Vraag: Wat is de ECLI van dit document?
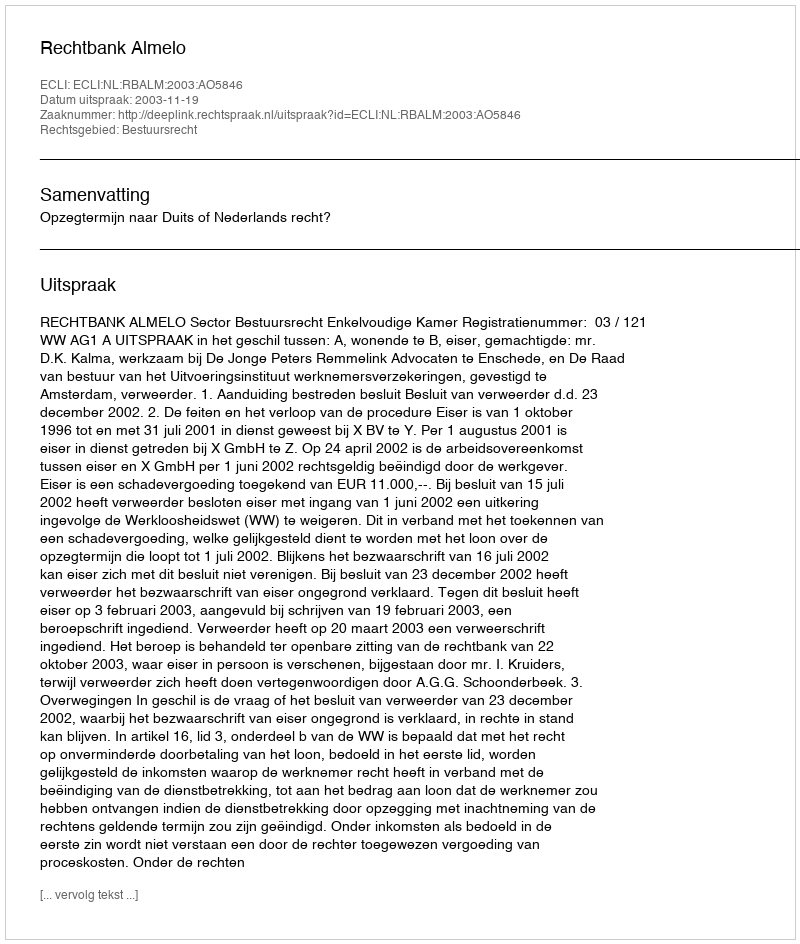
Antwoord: ECLI:NL:RBALM:2003:AO5846